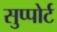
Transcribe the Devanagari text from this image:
सुप्पोर्ट